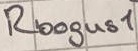
Text: Rbogus1